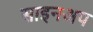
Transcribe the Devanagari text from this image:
साइनअप